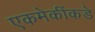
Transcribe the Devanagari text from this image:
एकमेकींकडे